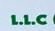
l.l.c